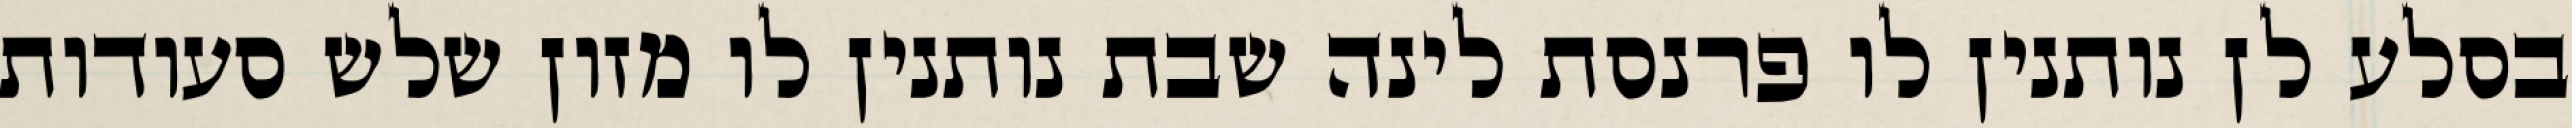
בסלע לן נותנין לו פרנסת לינה שבת נותנין לו מזון שלש סעודות